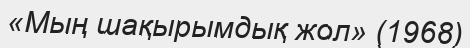
«Мың шақырымдық жол» (1968)